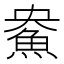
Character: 𲌳